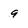
Character: 9